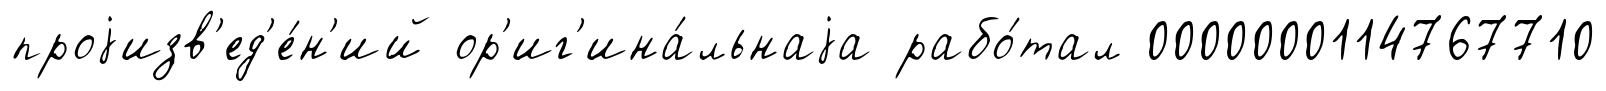
проjизв'ед'е́н'ий ор'иг'ина́льнаjа рабо́тал 0000000114767710